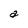
Character: a